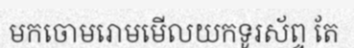
មកចោមរោមមើលយកទូរស័ព្ទ តែ